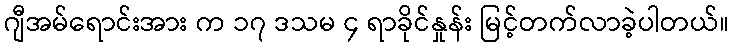
ဂျီအမ်ရောင်းအား က ၁၇ ဒသမ ၄ ရာခိုင်နှုန်း မြင့်တက်လာခဲ့ပါတယ်။